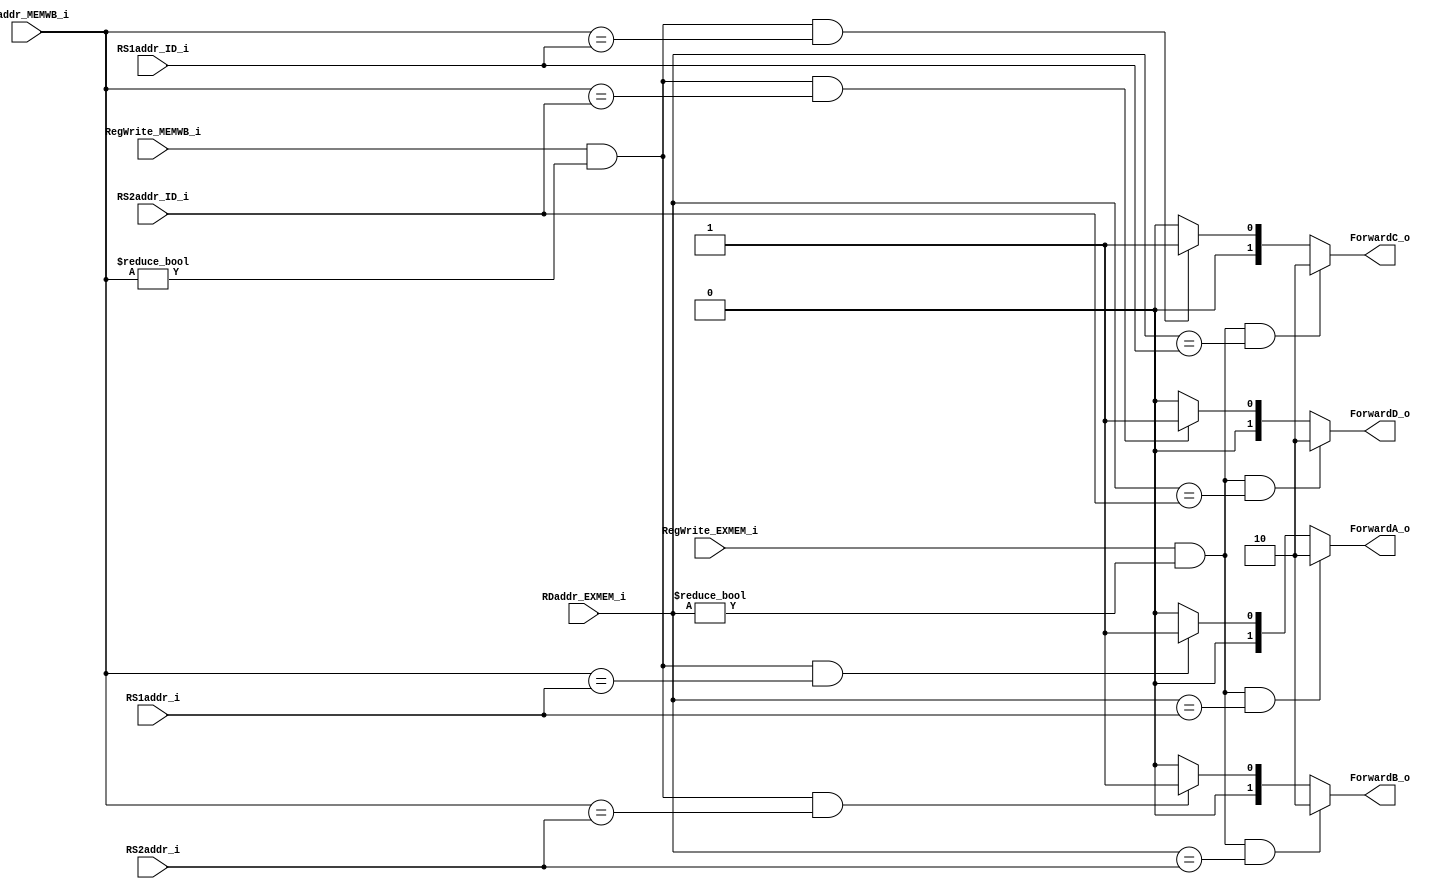
module Forwarding_Unit(
    RS1addr_ID_i,
    RS2addr_ID_i,
    RS1addr_i,
    RS2addr_i,
    RDaddr_EXMEM_i,
    RegWrite_EXMEM_i,
    RDaddr_MEMWB_i,
    RegWrite_MEMWB_i,
    ForwardA_o,
    ForwardB_o,
    ForwardC_o,
    ForwardD_o
);

// Ports
input        RegWrite_EXMEM_i, RegWrite_MEMWB_i;
input  [4:0] RDaddr_EXMEM_i, RDaddr_MEMWB_i, RS1addr_i, RS2addr_i, RS1addr_ID_i, RS2addr_ID_i;
output [1:0] ForwardA_o, ForwardB_o, ForwardC_o, ForwardD_o;
/*
if (EX/MEM.RegWrite
and (EX/MEM.RegisterRd != 0)
and (EX/MEM.RegisterRd == ID/EX.RegisterRs1)) ForwardA = 10
*/
wire cA1 = RegWrite_EXMEM_i & (RDaddr_EXMEM_i != 5'b0) & (RDaddr_EXMEM_i == RS1addr_i);
wire cB1 = RegWrite_EXMEM_i & (RDaddr_EXMEM_i != 5'b0) & (RDaddr_EXMEM_i == RS2addr_i);
wire cC1 = RegWrite_EXMEM_i & (RDaddr_EXMEM_i != 5'b0) & (RDaddr_EXMEM_i == RS1addr_ID_i);
wire cD1 = RegWrite_EXMEM_i & (RDaddr_EXMEM_i != 5'b0) & (RDaddr_EXMEM_i == RS2addr_ID_i);

/*
if (MEM/WB.RegWrite
and (MEM/WB.RegisterRd != 0)
and not(EX/MEM.RegWrite and (EX/MEM.RegisterRd != 0)
and (EX/MEM.RegisterRd == ID/EX.RegisterRs1))
and (MEM/WB.RegisterRd == ID/EX.RegisterRs1)) ForwardA = 01
*/
wire cA2 = RegWrite_MEMWB_i & (RDaddr_MEMWB_i != 5'b0) & (RDaddr_MEMWB_i == RS1addr_i);
wire cB2 = RegWrite_MEMWB_i & (RDaddr_MEMWB_i != 5'b0) & (RDaddr_MEMWB_i == RS2addr_i);
wire cC2 = RegWrite_MEMWB_i & (RDaddr_MEMWB_i != 5'b0) & (RDaddr_MEMWB_i == RS1addr_ID_i);
wire cD2 = RegWrite_MEMWB_i & (RDaddr_MEMWB_i != 5'b0) & (RDaddr_MEMWB_i == RS2addr_ID_i);

wire [1:0] tmpA = cA2 ? 2'b01 : 2'b00;
assign ForwardA_o = cA1 ? 2'b10 : tmpA;
wire [1:0] tmpB = cB2 ? 2'b01 : 2'b00;
assign ForwardB_o = cB1 ? 2'b10 : tmpB;
wire [1:0] tmpC = cC2 ? 2'b01 : 2'b00;
assign ForwardC_o = cC1 ? 2'b10 : tmpC;
wire [1:0] tmpD = cD2 ? 2'b01 : 2'b00;
assign ForwardD_o = cD1 ? 2'b10 : tmpD;

endmodule